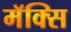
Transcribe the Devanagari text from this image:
मॅक्सि